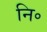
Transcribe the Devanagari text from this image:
नि॰